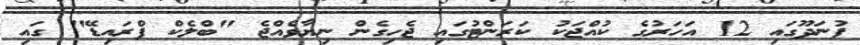
ފުނަދޫގައި 12 އަހަރުގެ ކުއްޖަކު ކަރަންޓުގައި ޖެހިގެން ނިޔާވެއްޖެ "ބްލެކް ފްރައިޑޭ" ގައި